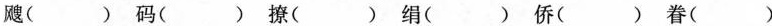
飕( ) 码( ) 撩( ) 绢( ) 侨( ) 眷( )